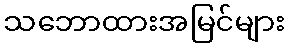
သဘောထားအမြင်များ